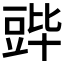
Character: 𬤷